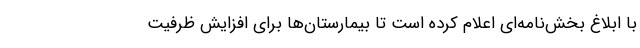
با ابلاغ بخش‌نامه‌ای اعلام کرده است تا بیمارستان‌ها برای افزایش ظرفیت